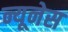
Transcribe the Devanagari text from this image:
न्यूनेस